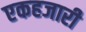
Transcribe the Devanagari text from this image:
एकहजारी